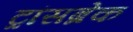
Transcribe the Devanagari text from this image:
ट्रांसब्रेक